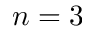
n = 3